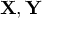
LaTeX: \mathbf { X } , \mathbf { Y }